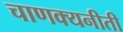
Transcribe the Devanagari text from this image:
चाणक्यनीती